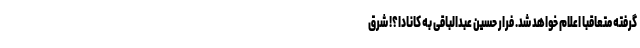
گرفته متعاقبا اعلام خواهد شد. فرار حسین عبدالباقی به کانادا؟! شرق